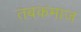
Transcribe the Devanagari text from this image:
तबकमाज